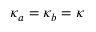
\kappa _ { a } = \kappa _ { b } = \kappa